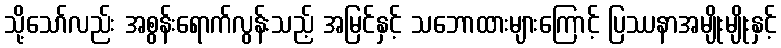
သို့သော်လည်း အစွန်းရောက်လွန်းသည့် အမြင်နှင့် သဘောထားများကြောင့် ပြဿနာအမျိုးမျိုးနှင့်